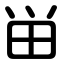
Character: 畄